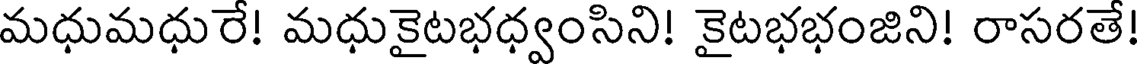
మధుమధురే! మధుకైటభధ్వంసిని! కైటభభంజిని! రాసరతే!